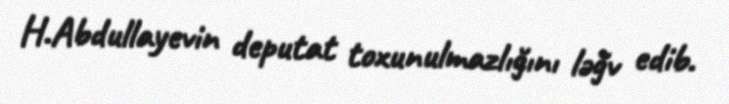
H.Abdullayevin deputat toxunulmazlığını ləğv edib.